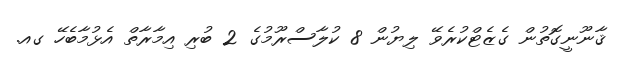
ޤާނޫނީގޮތުން ގެޒެޓްކުރެވޭ ލިޔުން 8 ކުލާސްރޫމުގެ 2 ބުރި އިމާރާތް އެޅުމާބެހޭ ގއ.